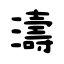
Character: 濤